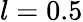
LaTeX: l=0.5